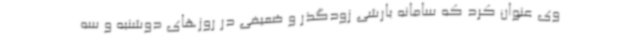
وی عنوان کرد که سامانه بارشی زودگذر و ضعیفی در روزهای دوشنبه و سه